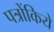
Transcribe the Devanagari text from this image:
पत्रोंकिये